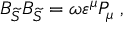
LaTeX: { \cal B } _ { \widetilde { { \cal S } } } { \cal B } _ { \widetilde { { \cal S } } } = \omega \varepsilon ^ { \mu } { \cal P } _ { \mu } \; ,